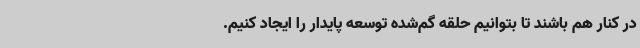
در کنار هم باشند تا بتوانیم حلقه گم‌شده توسعه پایدار را ایجاد کنیم.